Calcutta medical institutions reports 1871-78
Year: 1871
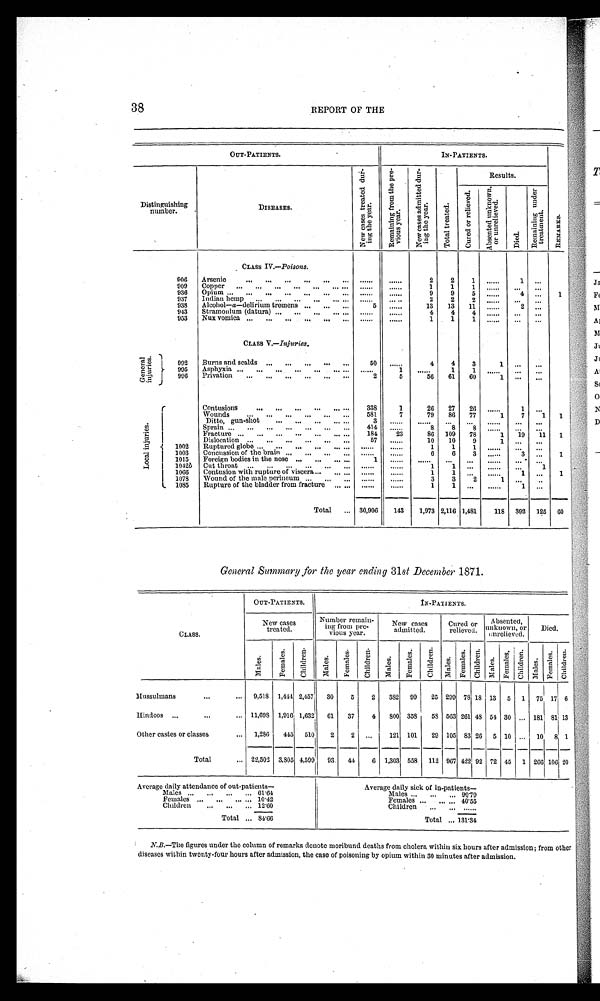
38
REPORT OF THE
OUT-PATIENTS.
IN-PATIENTS.
R E M A R K S .
Distinguishing
number.
DISEASES.
N e w c a s e s t r e a t e d d u r -
i n g t h e y e a r .
R e m a i n i n g f r o m t h e p r e -
v i o u s y e a r .
N e w c a s e s a d m i t t e d d u r -
i n g t h e y e a r .
T o t a l t r e a t e d .
Results.
C u r e d o r r e l i e v e d .
A b s e n t e d u n k n o w n ,
o r u n r e l i e v e d .
D i e d .
R e m a i n i n g u n d e r t r e a t m e n t .
CLASS IV.—P o i s o n s .
906 Arsenic
. . .
. . .
. . .
. . .
. . .
. . . ......
. . . . . .
2
2
1 ......
1 ...
909 Copper ... ... ... ... ...
. . . ... ......
. . . . . .
1
1
1 ..... ...
. . .
936 Opium ... ... ... ... ...
. . .
. . . ......
. . . . . .
9
9
5 ......
4
. . .
1
937 Indian hemp ... ... ... ... ...
......
. . . . . .
2
2
2 ...... ... ...
938 Alcohol—a—delirium tremens .., ... ...
5
. . . . . .
13 13 11 ......
2
. . .
943 Stramonium (datura) ...
. . . ...
. . . . . .
. . . . . .
. . . . . .
4
4
4 ...... ... ...
953 Nux vomica ... ... ... ... ...
. . .
. . . . . .
. . . . . .
1
1
1 ...... ... ...
CLASS V.—Injuries.
G e n e r a l
i n j u r i e s .
992 Burns and scalds ... ... ...
. . . ...
50 ......
4
4
3
1 ... ...
995 Asphyxia ... ... ... ... ...
. . . . . .
. . . . . .
1
. . . . . . 1
1 ......
. . .
. . .
996 Privation ... ... ... ... ... ...
2
5
56 61 60 1
... ...
L o c a l i n j u r i e s .
Contusions
. . . ...
. . . ...
. . . . . .
338
1
26 27 26 ......
1 ...
Wounds
. . .
. . .
. . .
. . .
. . .
. . . 581
7
79 86 77
1
7
1 1
Ditto, gun-shot
... ... ... ... ...
3
. . . . . .
. . . . . .
. . .
. . . ......
... ...
Sprain . . .
. . .
. . .
. . .
. . .
. . .
. . . 414 ......
8
8
8 ...... ... ...
Fracture ... ... ... ... ... ... ...
184
23
86 109 78
1 19 11 1
Dislocation ... ... ... ... ... ...
57 ......
10 10
9
1 ... ...
1002 Ruptured globe ... ... ... ...
. . . . . .
. . . . . .
. . . . . .
1
1
1 ...... ... ...
1003 Concussion of the brain ... ...
. . .
. . .
. . . . . .
. . . . . .
6
6
3 ......
3 ...
1
1015 Foreign bodies in the nose ... ... ... ...
1
. . . . . .
. . . . . .
. . . ... ...... ... ...
1042 b Cut throat
. . .
. . .
. . .
. . .
. . .
. . .
. . . . . .
. . . . . .
1
1 ... ...... ...
1
1066 Contusion with rupture of viscera ...
. . . . . .
. . . . . .
. . . . . .
1
1 ... ......
1 ...
1
1078 Wound of the male perineum . . .
. . .
. . .
. . . . . .
. . . . . .
3
3
2
1 ...
...
1085 Rupture of the bladder from fracture
. . . . . .
. . . . . .
. . . . . .
1
1 ... ......
1 ...
Total ... 30,906
143 1,973 2,116 1,481
118 392 125 60
General Summary for the year ending 31st December 1871.
CLASS.
OUT-PATIENTS.
IN-PATIENTS.
New cases
treated.
Number remain-
ing from pre-
vious year.
New cases
admitted.
Cured or
relieved.
Absented,
unknown, or
unrelieved.
Died.
M a l e s .
F e m a l e s .
C h i l d r e n .
M a l e s .
F e m a l e s . C h i l d r e n .
M a l e s .
F e m a l e s . C h i l d r e n .
Mal es.
F e ma l e s . Chi l dren.
M a l e s .
F e m a l e s .
C h i l d r e n . Mal es.
F e m a l e s . C h i l d r e n .
Mussulmans
...
... 9,518 1,444 2,457 30
5
2 382 99 25 299 78 18 13 5 1 75 17 6
Hindoos
. . . ...
... 11,698 1,916 1,632 61 37
4
8 0 0 358 58 563 261 48 54 30 ... 181 81 13
Other castes or classes
... 1,286 445 510
2
2
. . . 121 101 29 105 83 26 5 10 ... 10 8 1
Total
... 22,502 3,805 4,599 93 44
6 1,303 558 112 967 422 92 72 45 1 266 106 20
Average daily attendance of out-patients—
Average daily sick of in-patients
—
Males ... ... ... ... 6 1 . 6 4
Males ... ... ... 90.79
Females ... ... ... ... 1 0 . 4 2
Females ... ... ... 4 0 . 5 5
Children
... ... ... 1 2 . 6 0
Children ... ... ......
Total ... 84.66
Total ... 131.34
N.B.—The figures under the column of remarks denote moribund deaths from cholera within six hours after admission; from other
diseases within twenty-four hours after admission, the case of poisoning by opium within 30 minutes after admission.